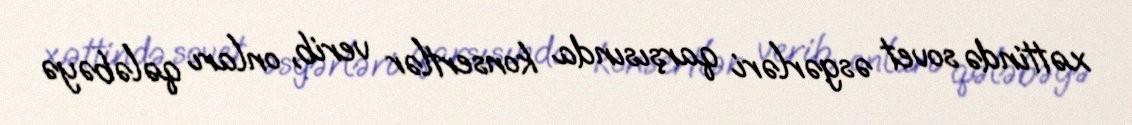
xəttində sovet əsgərləri qarşısında konsertlər verib, onları qələbəyə